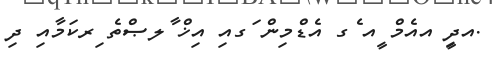
.އދިީ އއެމް ީއ ެގ އެޑްމިން ަގއި އިޚް ާލޞްތެ ިރކަމާއި ދި